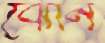
ঝোন